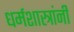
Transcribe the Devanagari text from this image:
धर्मशास्त्रांनी